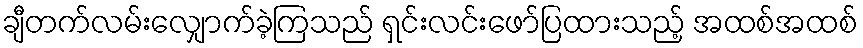
ချီတက်လမ်းလျှောက်ခဲ့ကြသည် ရှင်းလင်းဖော်ပြထားသည့် အထစ်အထစ်